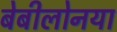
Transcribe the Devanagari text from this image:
बेबीलोनया